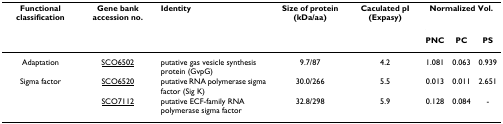
<table><thead><tr><td><b>Functional classification</b></td><td><b>Gene bank accession no.</b></td><td><b>Identity</b></td><td><b>Size of protein (kDa/aa)</b></td><td><b>Caculated pI (Expasy)</b></td><td colspan="3"><b>Normalized Vol.</b></td></tr><tr><td></td><td></td><td></td><td></td><td></td><td><b>PNC</b></td><td><b>PC</b></td><td><b>PS</b></td></tr></thead><tbody><tr><td>Adaptation</td><td>SCO6502</td><td>putative gas vesicle synthesis protein (GvpG)</td><td>9.7/87</td><td>4.2</td><td>1.081</td><td>0.063</td><td>0.939</td></tr><tr><td>Sigma factor</td><td>SCO6520</td><td>putative RNA polymerase sigma factor (Sig K)</td><td>30.0/266</td><td>5.5</td><td>0.013</td><td>0.011</td><td>2.651</td></tr><tr><td></td><td>SCO7112</td><td>putative ECF-family RNA polymerase sigma factor</td><td>32.8/298</td><td>5.9</td><td>0.128</td><td>0.084</td><td>-</td></tr></tbody></table>